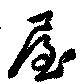
屋